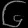
Digit: ၆